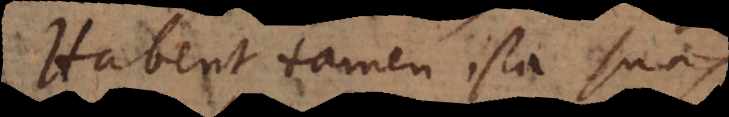
Habent tamen ista suas